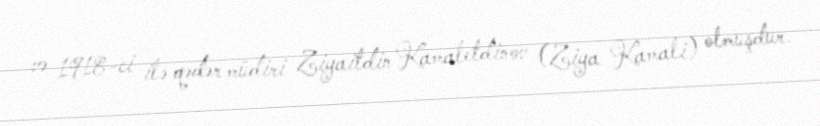
və 1918-ci ilə qədər müdiri Ziyaitdin Kamaletdinov (Ziya Kamali) olmuşdur.